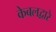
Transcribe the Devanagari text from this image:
केबलद्वारे